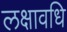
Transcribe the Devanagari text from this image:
लक्षावधि